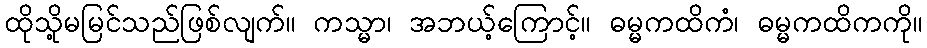
ထိုသို့မမြင်သည်ဖြစ်လျက်။ ကသ္မာ၊ အဘယ့်ကြောင့်။ ဓမ္မကထိကံ၊ ဓမ္မကထိကကို။